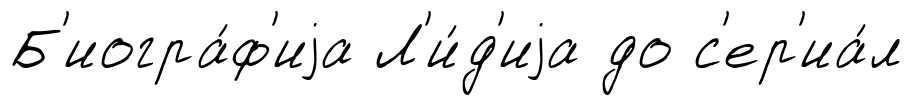
Б'иогра́ф'иjа Л'и́д'иjа до с'ер'иа́л